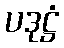
ပဒုဋ္ဌံ